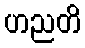
ဟညတိ